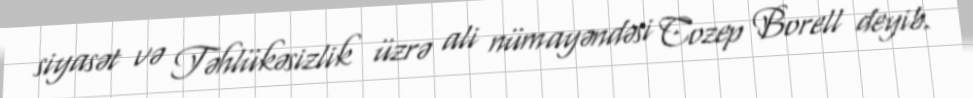
siyasət və Təhlükəsizlik üzrə ali nümayəndəsi Cozep Borell deyib.